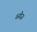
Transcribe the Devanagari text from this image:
स्नोज